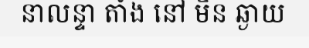
នាលន្ទា តាំង នៅ មិន ឆ្ងាយ